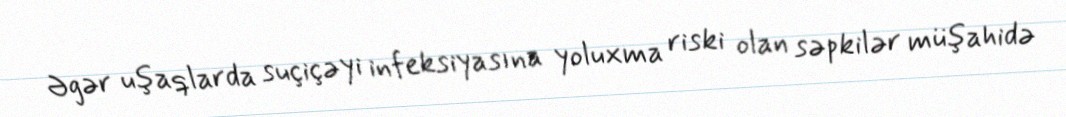
Əgər uşaqlarda suçiçəyi infeksiyasına yoluxma riski olan səpkilər müşahidə